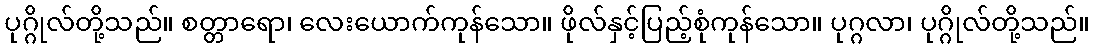
ပုဂ္ဂိုလ်တို့သည်။ စတ္တာရော၊ လေးယောက်ကုန်သော။ ဖိုလ်နှင့်ပြည့်စုံကုန်သော။ ပုဂ္ဂလာ၊ ပုဂ္ဂိုလ်တို့သည်။